Medical and sanitary report of the native army of Madras for the year
Year: 1876
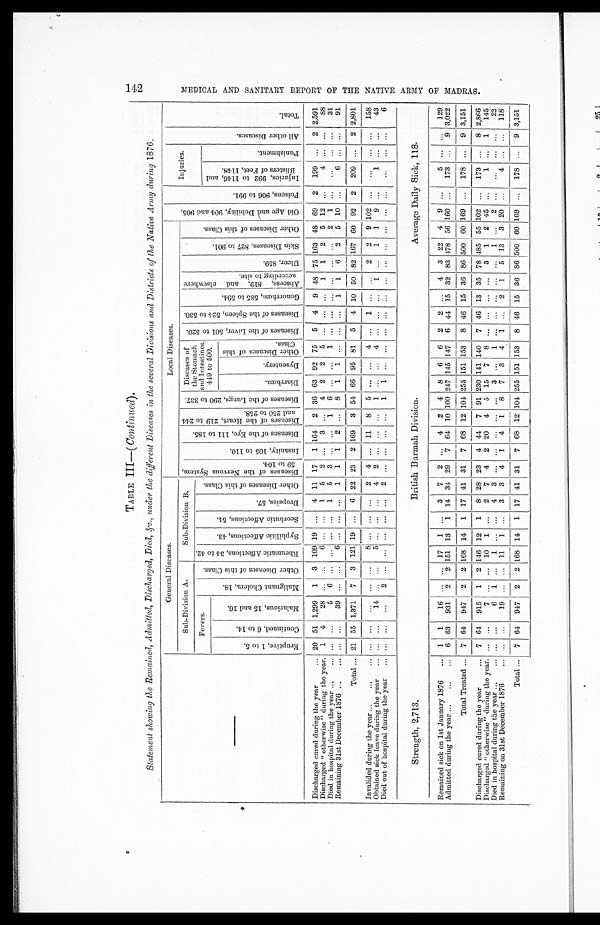
TABLE III—(Continued).
Statement showing the Remained, Admitted, Discharged, Died, &c., under the different Diseases in the several Divisions and Districts of the Native Army during 1876.
—
General Diseases.
Local Diseases.
O l d A g e a n d D e b i l i t y , 9 0 4 a n d 9 0 5 .
P o i s o n s , 9 0 6 t o 9 9 1 .
Injuries.
A l l o t h e r D i s e a s e s .
T o t a l .
Sub-Division A.
Sub-Division B.
D i s e a s e s o f t h e N e r v o u s S y s t e m , 5 9 t o 1 0 4 .
I n s a n i t y , 1 0 5 t o 1 1 0 .
D i s e a s e s o f t h e E y e , 1 1 1 t o 1 8 5 .
D i s e a s e s o f t h e H e a r t , 2 1 9 t o 2 4 4 a n d 2 5 0 t o 2 5 8 .
D i s e a s e s o f t h e L u n g s , 2 9 0 t o 3 3 7 .
Diseases of
the Stomach
and Intestines.
449 to 500.
D i s e a s e s o f t h e L i v e r , 5 0 1 t o 5 2 0 . D i s e a s e s o f t h e S p l e e n , 5 2 4 t o 5 3 0 .
G o n o r r h œ a , 5 8 5 t o 5 9 4 .
A b s c e s s , 8 1 9 , a n d e l s e w h e r e a c c o r d i n g t o s i t e .
U l c e r , 8 5 9 .
S k i n D i s e a s e s , 8 2 7 t o 9 0 1 .
O t h e r D i s e a s e s o f t h i s C l a s s .
Fevers.
M a l i g n a n t C h o l e r a , 1 8 .
O t h e r D i s e a s e s o f t h i s C l a s s .
R h e u m a t i c A f f e c t i o n s , 3 4 t o 4 2 .
S y p h i l i t i c A f f e c t i o n s , 4 3 .
S c o r b u t i c A f f e c t i o n s , 5 4 .
D r o p s i e s , 5 7 .
O t h e r D i s e a s e s o f t h i s C l a s s .
E r u p t i v e , 1 t o 5 .
C o n t i n u e d , 6 t o 1 4 .
M a l a r i o u s , 1 5 a n d 1 6 .
D i a r r h œ a .
D y s e n t e r y .
O t h e r D i s e a s e s o f t h i s C l a s s .
I n j u r i e s , 9 9 2 t o 1 1 4 6 , a n d B l i s t e r s o f F e e t , 1 1 4 8 .
P u n i s h m e n t .
Discharged cured during the year
20 51 1,299 1 3 109 19
. . .
4 11 17 1 164
2
36 63 92 75 5 4 9 48 75 163 48 69 2 199
. . .
2 2,591
Discharged "otherwise" during the year. 1 4
28 ... ...
6 ... ...
1 5 2
. . .
3
. . .
4 2 2 5 ... ... ... 1 1 2 5 12
. . .
4 ... ...
88
Died in hospital during the year
... ...
5 6 ... ... ... ...
1 5 3 ...
. . .
1 6 ... ... 1 ...
. . .
... ... ... ...
2 1 ...
...
... ...
31
Remaining 31st December 1876
... ...
39 ... ...
6 ... ...
. . .
...
1 1 1 2 ...
8 1 1 ... ... ...
1 1 6 2 5 10 ...
6 ... ...
91
Total
21 55 1,371 7 3 121 19 ... 6 22 23 2 169 3 54 66 95 81 5 4 10 50 82 167 60 92 2 209 ...
2 2,801
Invalided during the year
... ...
...
... ...
8 ... ... ...
2 4 ... 11 8 5 ...
. . .
4
. . .
1
. . .
. . .
2 2 9 102 ... ...
... ...
158
Obtained sick leave during the year
. . .
. . .
14 ... ...
5 ... ... ...
4 2 ... ... ...
1 ... ...
4 ... ... ...
1 ...
1 1 9 ...
1 ...
. . .
43
Died out of hospital during the year
... ...
...
2 ... ... ... ... ...
2 ... ... ... ...
1 1 ... ... ... ...
. . .
... ... ... ... ... ...
...
... ...
6
Strength, 2,713.
British Burmah Division.
Average Daily Sick, 118.
Remained sick on 1st January 1876
1 1
16 ...
. . .
17 1 ... 3 7 2 ... 4 2 4 8 6 6 2 2
. . .
4 3 22 4 9 ...
5 ... ...
129
Admitted during the year
6 63 931 2 2 151 13 1 14 34 29 7 64 10 100 247 145 147 6 44 15 32 83 478 56 160 ...
173 ... 9 3,022
Total Treated
7 64 947 2 2 168 14 1 17 41 31 7 68 12 104 255 151 153 8 46 15 36 86 500 60 169 ... 178 ... 9 3,151
Discharged cured during the year
7 64 915 1 2 146 12 1 8 28 23 4 44 7 91 230 141 140 7 46 13 35 78
4 8 5
55 102 ...
173 ...
8 2,866
Discharged "otherwise" during the year. ... ...
7 ... ... 10 1 ...
2 7 4 2 20 4 5 15 7 8
. . .
. . .
. . .
. . .
3 1 2 45 ...
1 ... 1 145
Died in hospital during the year
. . .
. . .
6
1
. . .
1
. . .
. . .
4
3
. . .
. . .
. . .
. . .
. . .
3
. . .
1
. . .
. . .
. . .
. . .
. . .
1
. . .
2
. . .
. . .
. . .
. . .
2 2
Remaining on 31st December 1876
... ...
19 ... ... 11 1 ...
3 3 4 1 4 1 8 7 3 4 1 ... 2 1
5 13 3 20 ...
4 ... ...
118
Total
7 64 947 2 2 168 14 1 17 41 31 7 68 12 104 255 151 153 8 46 15 36 86
5 0 0
60
1 6 9
...
178
. . .
9 3,151